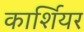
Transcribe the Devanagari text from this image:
कार्शियर